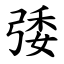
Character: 㢻